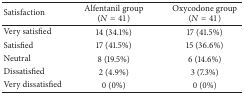
<table><thead><tr><td><b>Satisfaction</b></td><td><b>Alfentanil group (<i>N</i> = 41)</b></td><td><b>Oxycodone group (<i>N</i> = 41)</b></td></tr></thead><tbody><tr><td>Very satisfied</td><td>14 (34.1%)</td><td>17 (41.5%)</td></tr><tr><td>Satisfied</td><td>17 (41.5%)</td><td>15 (36.6%)</td></tr><tr><td>Neutral</td><td>8 (19.5%)</td><td>6 (14.6%)</td></tr><tr><td>Dissatisfied</td><td>2 (4.9%)</td><td>3 (7.3%)</td></tr><tr><td>Very dissatisfied</td><td>0 (0%)</td><td>0 (0%)</td></tr></tbody></table>